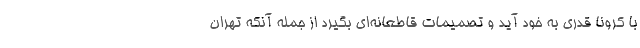
با کرونا قدری به خود آید و تصمیمات قاطعانه‌ای بگیرد از جمله آنکه تهران